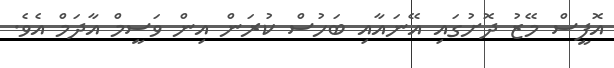
އޮފީސް މޭޒު ދޮށުގައި އޭނައާއި ބަހުސް ކުރަން އިން ވަސީމް އާދަމް އެވެ.